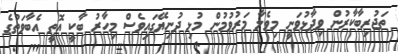
ތަޖުރިބާކާރުން ވިދާޅުވަނީ މިވެލާ މަރުވުމުން މުޅި ދުނިޔޭގައިވެސް މިހާރު ބާކީ އޮތީ އެބާވަތުގެ